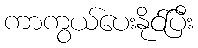
ကာကွယ်ပေးနိုင်ပြီး